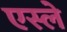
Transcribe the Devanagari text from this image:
एस्ले